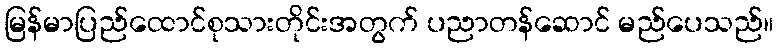
မြန်မာပြည်ထောင်စုသားတိုင်းအတွက် ပညာတန်ဆောင် မည်ပေသည်။